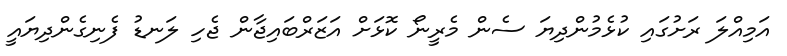
އަމިއްލަ ރަށުގައި ކުޅެމުންދިޔަ ސެން މެރީނޯ ކޮޅަށް އަޒަރްބައިޖާން ޖެހި ލަނޑު ފެނިގެންދިޔައީ